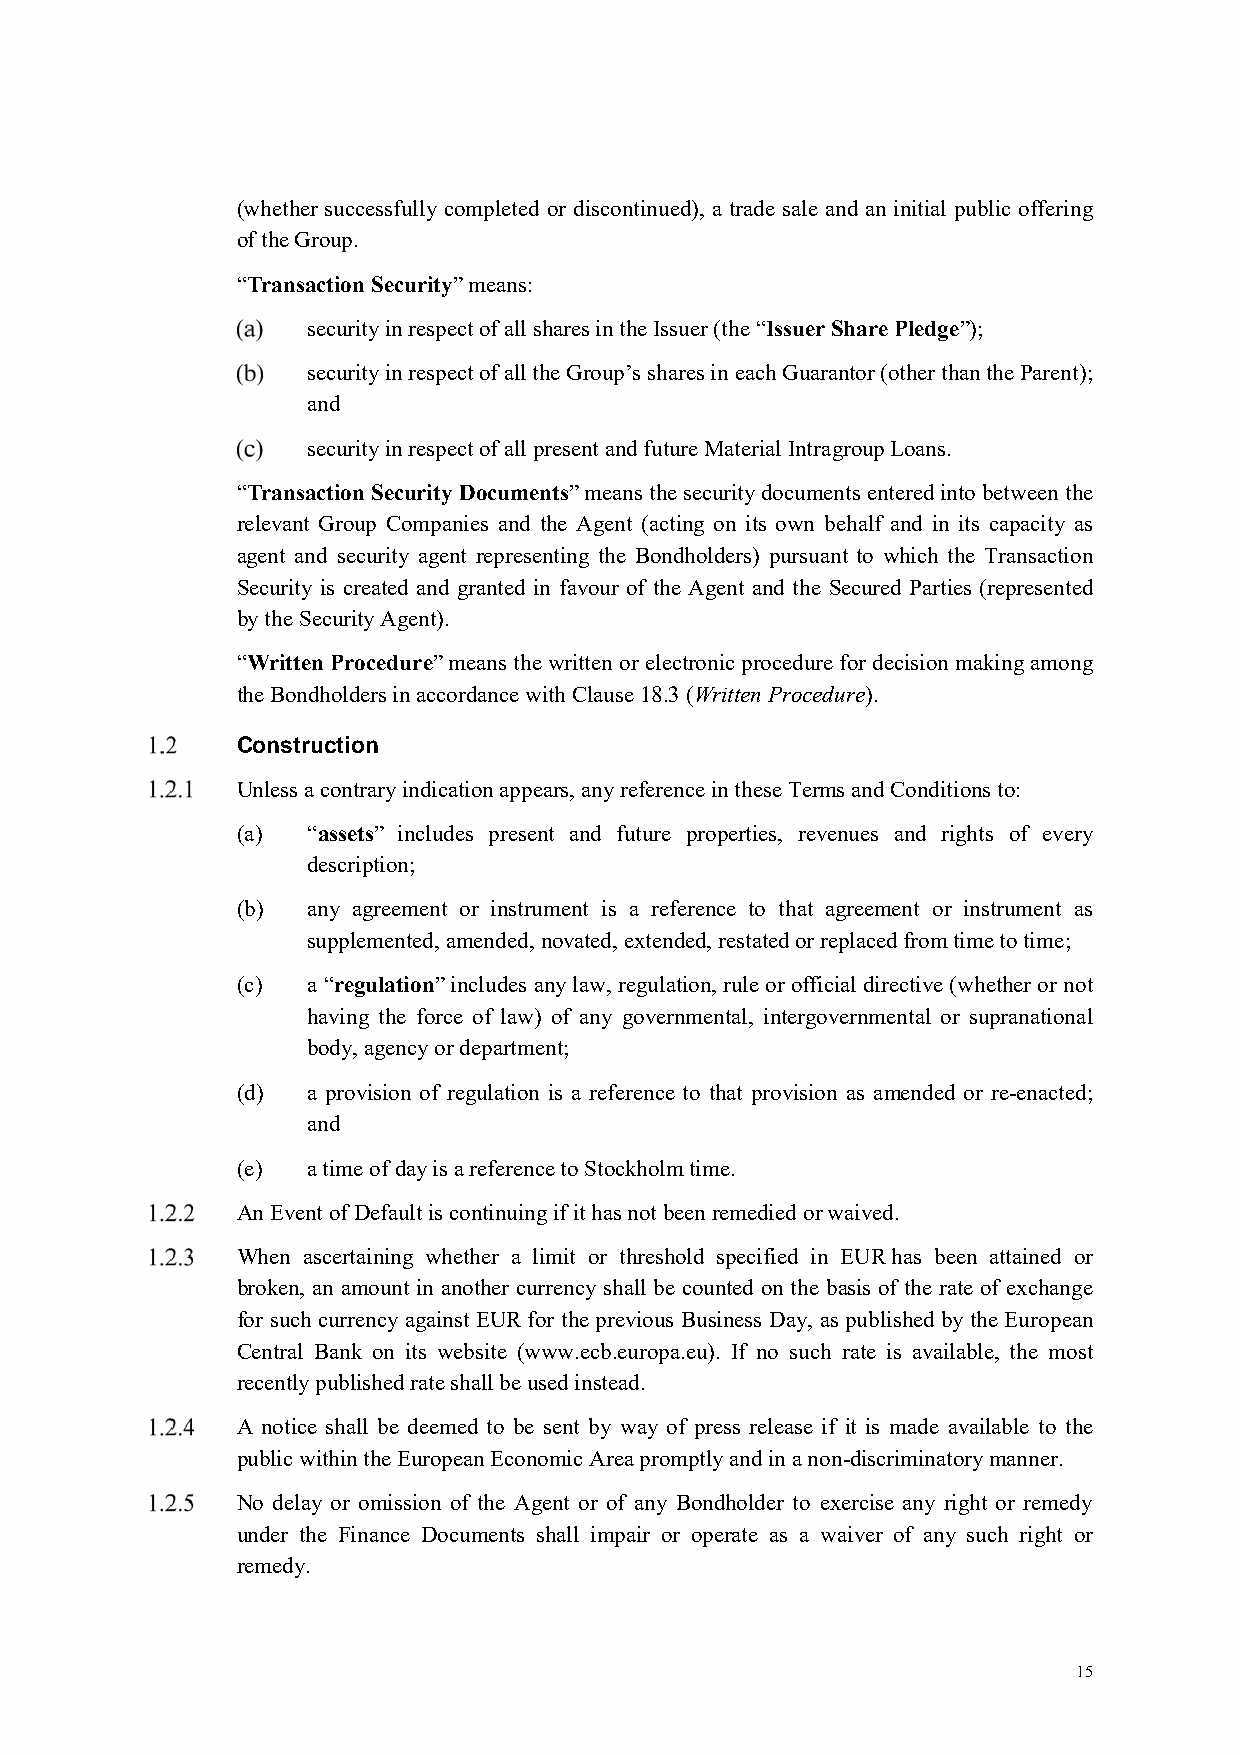
(whether successfully completed or discontinued), a trade sale and an initial public offering
 of the Group.
 “Transaction Security” means:
 security in respect of all shares in the Issuer (the “Issuer Share Pledge”);
 security in respect of all the Group’s shares in each Guarantor (other than the Parent);
 and
 security in respect of all present and future Material Intragroup Loans.
 “Transaction Security Documents” means the security documents entered into between the
 relevant Group Companies and the Agent (acting on its own behalf and in its capacity as
 agent and security agent representing the Bondholders) pursuant to which the Transaction
 Security is created and granted in favour of the Agent and the Secured Parties (represented
 by the Security Agent).
 “Written Procedure” means the written or electronic procedure for decision making among
 the Bondholders in accordance with Clause 18.3 (Written Procedure).
 Construction
 Unless a contrary indication appears, any reference in these Terms and Conditions to:
 (a) “assets” includes present and future properties, revenues and rights of every
 description;
 (b) any agreement or instrument is a reference to that agreement or instrument as
 supplemented, amended, novated, extended, restated or replaced from time to time;
 (c) a “regulation” includes any law, regulation, rule or official directive (whether or not
 having the force of law) of any governmental, intergovernmental or supranational
 body, agency or department;
 (d) a provision of regulation is a reference to that provision as amended or re-enacted;
 and
 (e) a time of day is a reference to Stockholm time.
 An Event of Default is continuing if it has not been remedied or waived.
 When ascertaining whether a limit or threshold specified in EUR has been attained or
 broken, an amount in another currency shall be counted on the basis of the rate of exchange
 for such currency against EUR for the previous Business Day, as published by the European
 Central Bank on its website (www.ecb.europa.eu). If no such rate is available, the most
 recently published rate shall be used instead.
 A notice shall be deemed to be sent by way of press release if it is made available to the
 public within the European Economic Area promptly and in a non-discriminatory manner.
 No delay or omission of the Agent or of any Bondholder to exercise any right or remedy
 under the Finance Documents shall impair or operate as a waiver of any such right or
 remedy.
 15